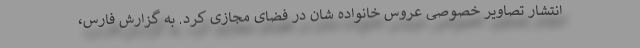
انتشار تصاویر خصوصی عروس خانواده شان در فضای مجازی کرد. به گزارش فارس،